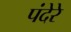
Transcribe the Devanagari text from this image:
पंदेरे